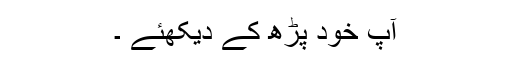
آپ خود پڑھ کے دیکھئے ۔